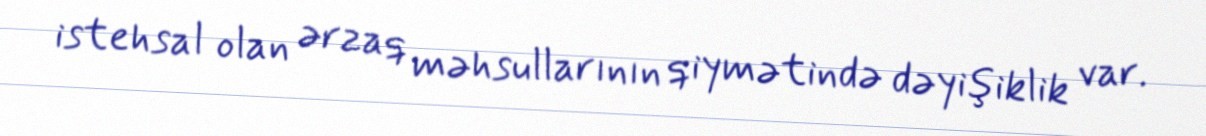
istehsal olan ərzaq məhsullarının qiymətində dəyişiklik var.